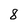
Character: 8